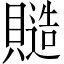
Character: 𧷹